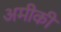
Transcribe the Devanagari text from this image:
अमीकी